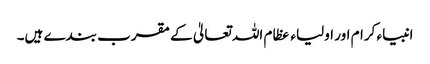
انبیاء کرام اور اولیاء عظام اللہ تعالیٰ کے مقرب بندے ہیں۔